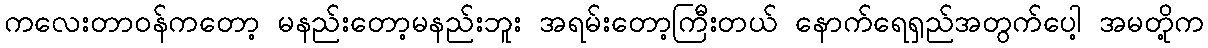
ကလေးတာဝန်ကတော့ မနည်းတော့မနည်းဘူး အရမ်းတော့ကြီးတယ် နောက်ရေရှည်အတွက်ပေါ့ အမတို့က